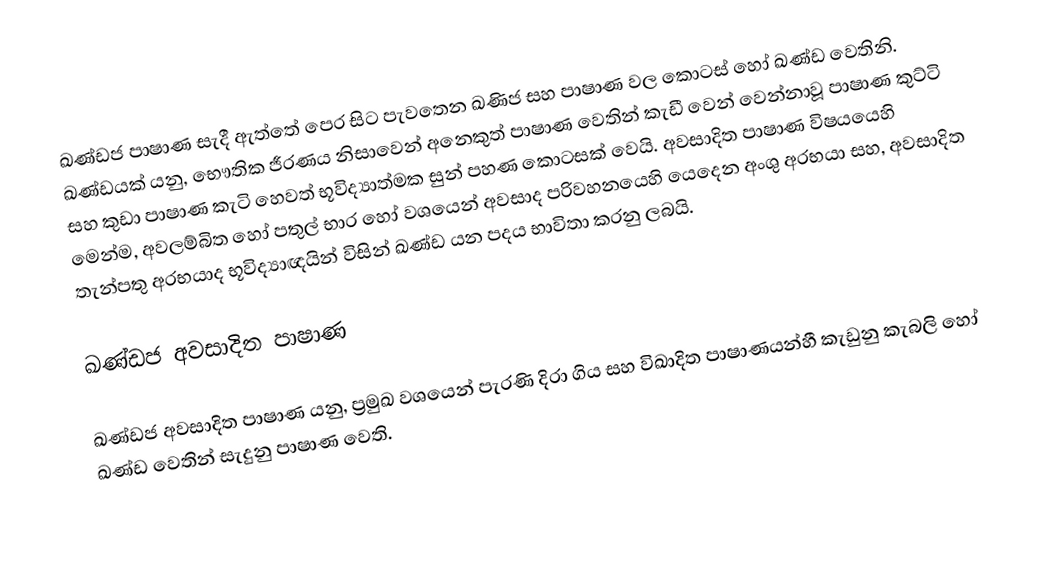
ඛණ්ඩජ පාෂාණ සැදී ඇත්තේ පෙර සිට පැවතෙන ඛණිජ සහ පාෂාණ වල කොටස් හෝ ඛණ්ඩ වෙතිනි. ඛණ්ඩයක් යනු,  භෞතික ජීරණය නිසාවෙන් අනෙකුත් පාෂාණ වෙතින් කැඩී වෙන් වෙන්නාවූ පාෂාණ කුට්ටි සහ කුඩා පාෂාණ කැටි හෙවත්  භූවිද්‍යාත්මක සුන් පහණ කොටසක් වෙයි. අවසාදිත පාෂාණ විෂයයෙහි මෙන්ම,  අවලම්බිත හෝ පතුල් භාර හෝ වශයෙන් අවසාද පරිවහනයෙහි යෙදෙන අංශු අරභයා සහ, අවසාදිත තැන්පතු අරභයාද භූවිද්‍යාඥයින් විසින් ඛණ්ඩ යන පදය භාවිතා කරනු ලබයි.

ඛණ්ඩජ අවසාදිත පාෂාණ

ඛණ්ඩජ අවසාදිත පාෂාණ යනු,  ප්‍රමුඛ වශයෙන් පැරණි දිරා ගිය සහ විඛාදිත පාෂාණයන්හී කැඩුනු කැබලි හෝ ඛණ්ඩ වෙතින් සැදුනු පාෂාණ වෙති.